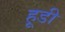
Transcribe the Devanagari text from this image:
हूडी